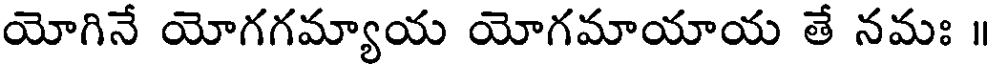
యోగినే యోగగమ్యాయ యోగమాయాయ తే నమః ॥